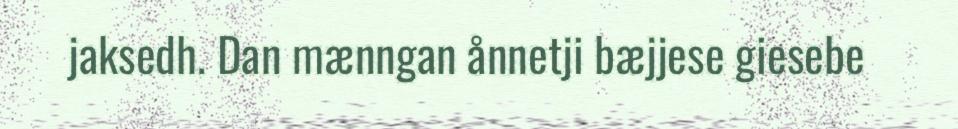
jaksedh. Dan mænngan ånnetji bæjjese giesebe